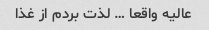
عالیه واقعا … لذت بردم از غذا